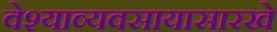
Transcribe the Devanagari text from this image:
वेश्याव्यवसायासारखे